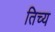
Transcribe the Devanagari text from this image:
तिच्य